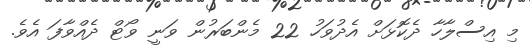
މި އިސްލާހާ ދެކޮޅަށް އެދުވަހު 22 މެންބަރުން ވަނީ ވޯޓް ދެއްވާފަ އެވެ.